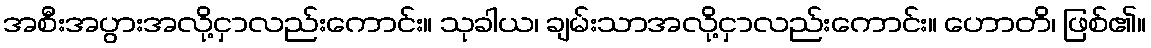
အစီးအပွားအလို့ငှာလည်းကောင်း။ သုခါယ၊ ချမ်းသာအလို့ငှာလည်းကောင်း။ ဟောတိ၊ ဖြစ်၏။